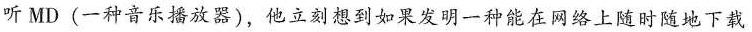
听MD(一种音乐播放器)，他立刻想到如果发明一种能在网络上随时随地下载